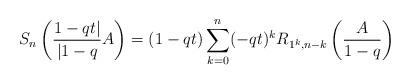
LaTeX: \begin{align*}S_n\left(\frac{1-qt|}{|1-q}A\right)=(1-qt)\sum_{k=0}^n(-qt)^k R_{1^k,n-k}\left(\frac{A}{1-q}\right) \end{align*}